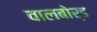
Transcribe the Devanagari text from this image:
वालबोर्ड